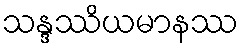
သန္ဒဿိယမာနဿ